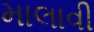
માલાવી